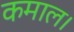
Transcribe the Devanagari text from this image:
कमाल।